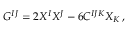
G ^ { I J } = 2 X ^ { I } X ^ { J } - 6 C ^ { I J K } X _ { K } \, ,